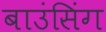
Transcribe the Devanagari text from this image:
बाउंसिंग